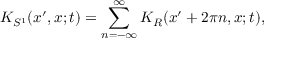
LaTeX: K _ { S ^ { 1 } } ( x ^ { \prime } , x ; t ) = \sum _ { n = - \infty } ^ { \infty } K _ { R } ( x ^ { \prime } + 2 \pi n , x ; t ) ,